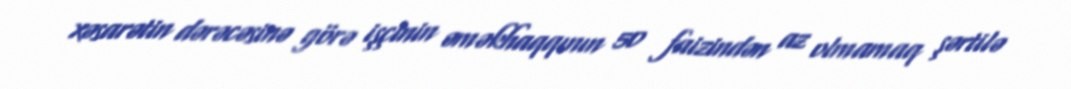
xəsarətin dərəcəsinə görə işçinin əməkhaqqının 50 faizindən az olmamaq şərtilə